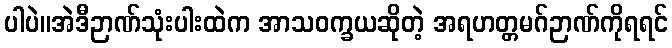
ပါပဲ။အဲဒီဉာဏ်သုံးပါးထဲက အာသဝက္ခယဆိုတဲ့ အရဟတ္တမဂ်ဉာဏ်ကိုရရင်